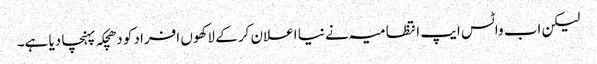
لیکن اب واٹس ایپ انتظامیہ نے نیا اعلان کر کے لاکھوں افراد کو دھچکہ پہنچا دیا ہے۔